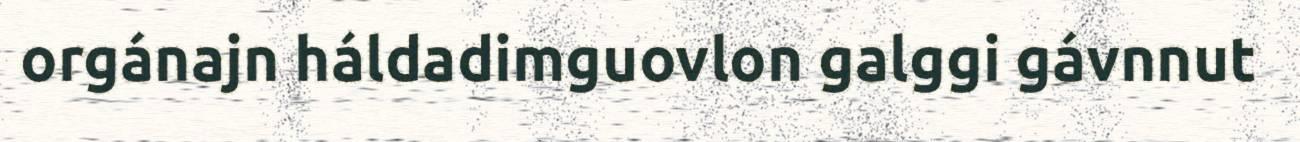
orgánajn háldadimguovlon galggi gávnnut